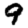
Digit: 9